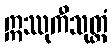
ဣဿုကီသုတ္တံ